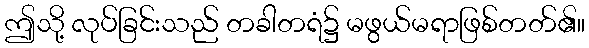
ဤသို့ လုပ်ခြင်းသည် တခါတရံ၌ မဖွယ်မရာဖြစ်တတ်၏။